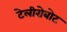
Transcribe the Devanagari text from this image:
टेलीरोबोट